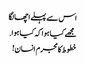
اس سے پہلے اچھا لگا
مجھے کیا ہوا کہ کیا ہوا.
خطوط کا مجرم انسان!